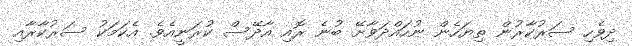
ދިވެހި ސަރުކާރުން ތިޔަހެން ނުހައްދަވާށޭ ބުނެ ރޮއި އާދޭސް ކުރަނީއެވެ. އެކަމަކު ސަރުކާރާއި